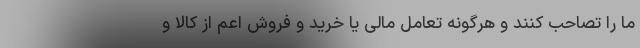
ما را تصاحب کنند و هرگونه تعامل مالی یا خرید و فروش اعم از کالا و